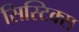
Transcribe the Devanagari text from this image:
सिस्टिक्स